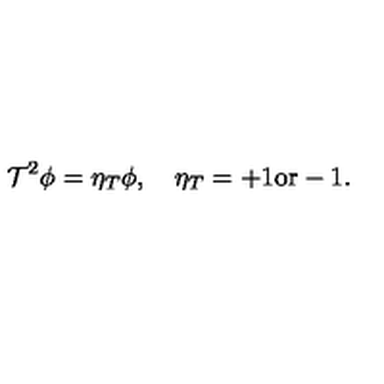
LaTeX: { \cal T } ^ { 2 } \phi = \eta _ { T } \phi , \quad \eta _ { T } = + 1 \mathrm { o r } - 1 .